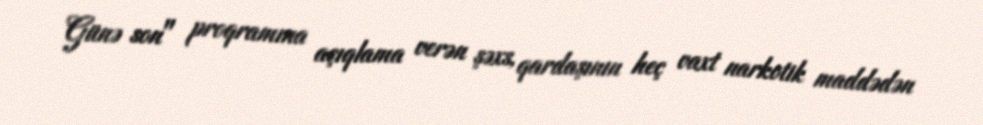
Günə son" proqramına açıqlama verən şəxs, qardaşının heç vaxt narkotik maddədən